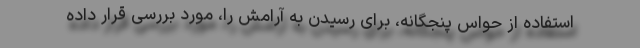
استفاده از حواس پنجگانه، برای رسیدن به آرامش را، مورد بررسی قرار داده